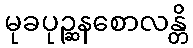
မုခပုဉ္ဆနစောလန္တိ